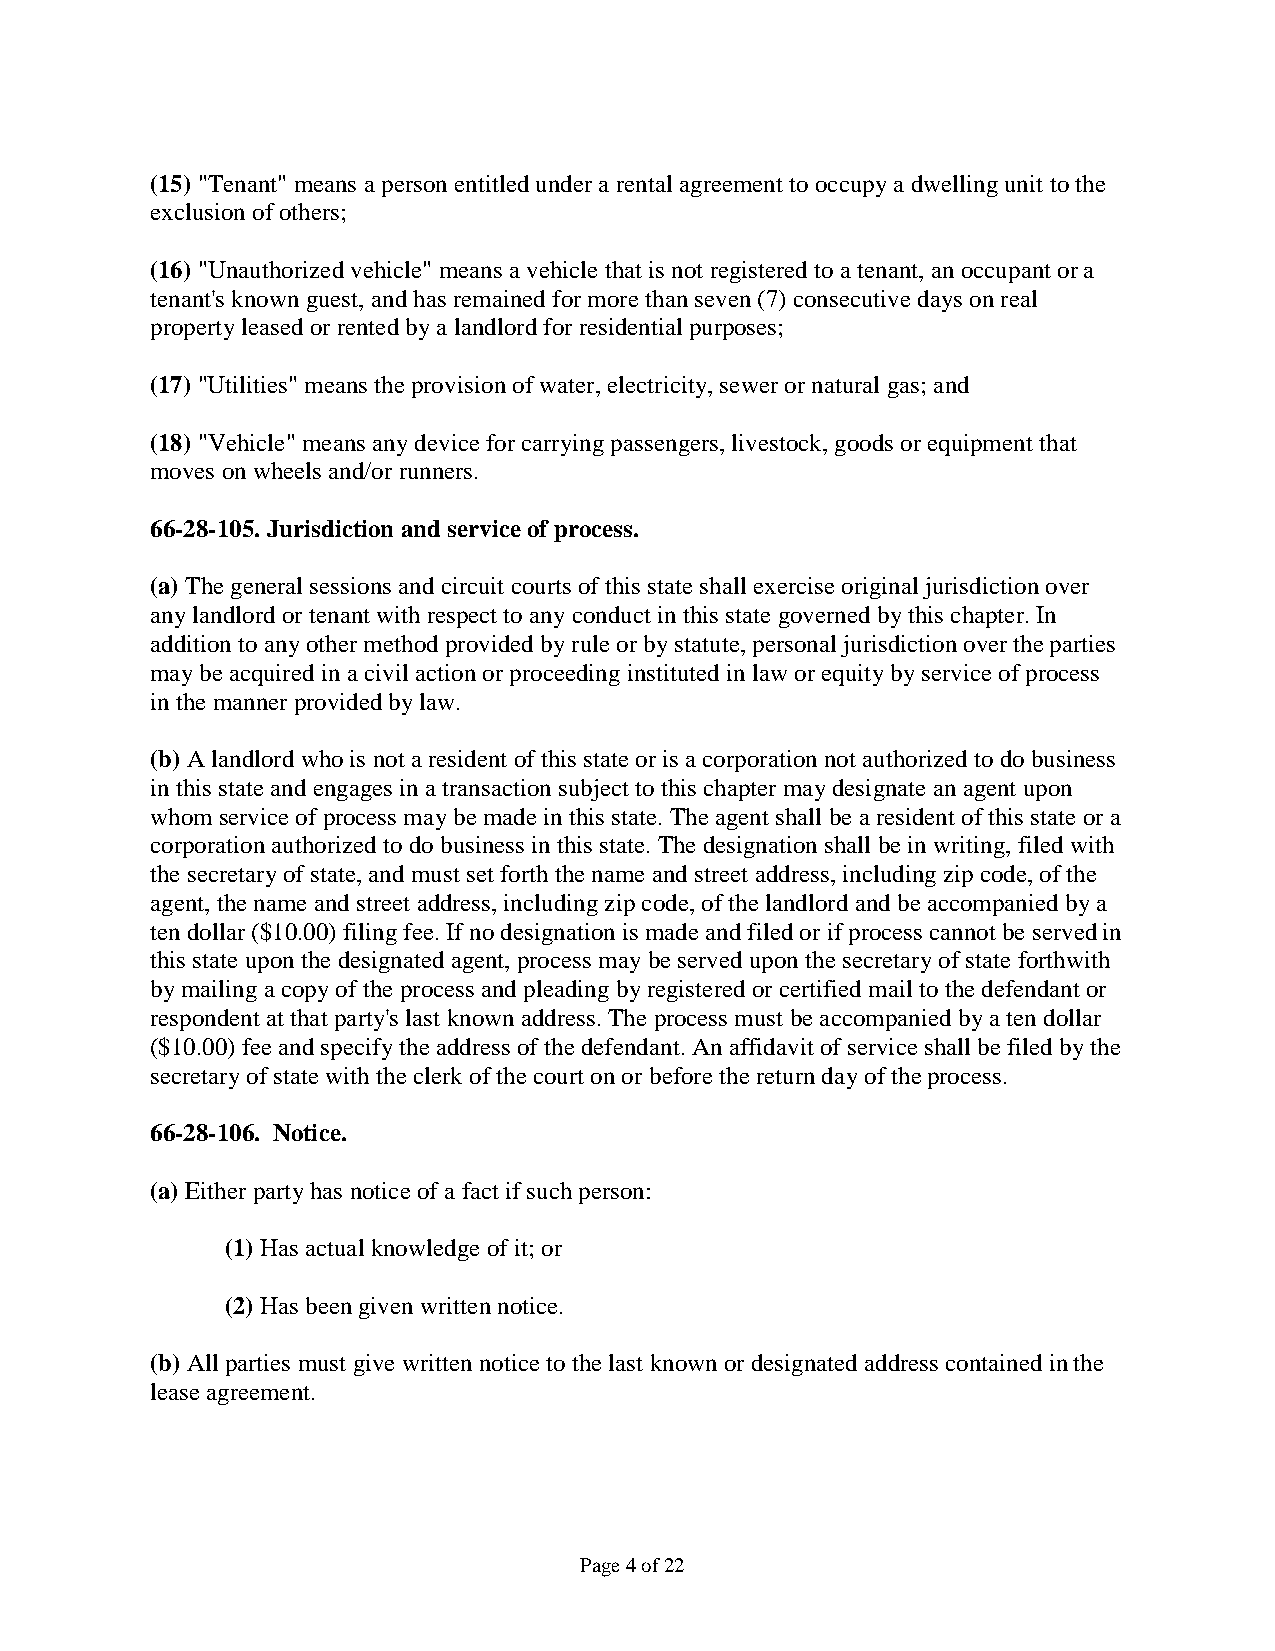
(15) "Tenant" means a person entitled under a rental agreement to occupy a dwelling unit to the
 exclusion of others;
 (16) "Unauthorized vehicle" means a vehicle that is not registered to a tenant, an occupant or a
 tenant's known guest, and has remained for more than seven (7) consecutive days on real
 property leased or rented by a landlord for residential purposes;
 (17) "Utilities" means the provision of water, electricity, sewer or natural gas; and
 (18) "Vehicle" means any device for carrying passengers, livestock, goods or equipment that
 moves on wheels and/or runners.
 66-28-105. Jurisdiction and service of process.
 (a) The general sessions and circuit courts of this state shall exercise original jurisdiction over
 any landlord or tenant with respect to any conduct in this state governed by this chapter. In
 addition to any other method provided by rule or by statute, personal jurisdiction over the parties
 may be acquired in a civil action or proceeding instituted in law or equity by service of process
 in the manner provided by law.
 (b) A landlord who is not a resident of this state or is a corporation not authorized to do business
 in this state and engages in a transaction subject to this chapter may designate an agent upon
 whom service of process may be made in this state. The agent shall be a resident of this state or a
 corporation authorized to do business in this state. The designation shall be in writing, filed with
 the secretary of state, and must set forth the name and street address, including zip code, of the
 agent, the name and street address, including zip code, of the landlord and be accompanied by a
 ten dollar ($10.00) filing fee. If no designation is made and filed or if process cannot be served in
 this state upon the designated agent, process may be served upon the secretary of state forthwith
 by mailing a copy of the process and pleading by registered or certified mail to the defendant or
 respondent at that party's last known address. The process must be accompanied by a ten dollar
 ($10.00) fee and specify the address of the defendant. An affidavit of service shall be filed by the
 secretary of state with the clerk of the court on or before the return day of the process.
 66-28-106. Notice.
 (a) Either party has notice of a fact if such person:
 (1) Has actual knowledge of it; or
 (2) Has been given written notice.
 (b) All parties must give written notice to the last known or designated address contained in the
 lease agreement.
 Page 4 of 22